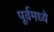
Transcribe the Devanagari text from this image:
पूर्वमध्ये